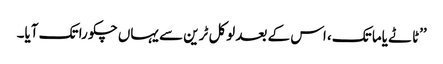
’’ٹاٹے یاما تک، اس کے بعد لوکل ٹرین سے یہاں چکورا تک آیا۔